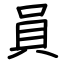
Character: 員